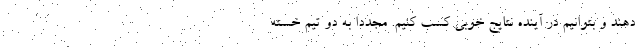
دهند و بتوانیم در آینده نتایج خوبی کسب کنیم. مجددا به دو تیم خسته